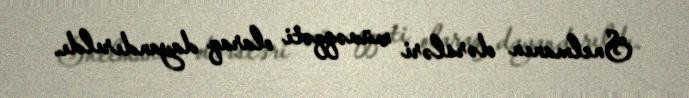
Snelmanın dərsləri müvəqqəti olaraq dayandırıldı.